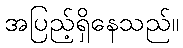
အပြည့်ရှိနေသည်။